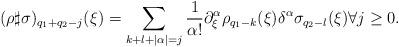
LaTeX: \begin{align*} (\rho\sharp\sigma)_{q_1+q_2-j}(\xi)=\sum_{k+l+|\alpha|=j}\frac{1}{\alpha !}\partial_\xi^\alpha \rho_{q_1-k}(\xi)\delta^\alpha \sigma_{q_2-l}(\xi) \forall j\geq 0.\end{align*}